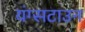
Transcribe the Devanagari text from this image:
यंग्सटाउन